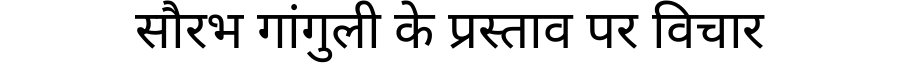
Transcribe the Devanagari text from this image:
सौरभ गांगुली के प्रस्ताव पर विचार